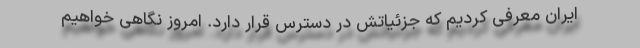
ایران معرفی کردیم که جزئیاتش در دسترس قرار دارد. امروز نگاهی خواهیم